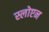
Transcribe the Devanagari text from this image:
स्लोएन